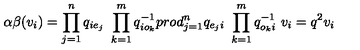
\alpha \beta ( v _ { i } ) = \prod _ { j = 1 } ^ { n } q _ { i e _ { j } } \ \prod _ { k = 1 } ^ { m } q _ { i o _ { k } } ^ { - 1 } p r o d _ { j = 1 } ^ { n } q _ { e _ { j } i } \ \prod _ { k = 1 } ^ { m } q _ { o _ { k } i } ^ { - 1 } \ v _ { i } = q ^ { 2 } v _ { i }